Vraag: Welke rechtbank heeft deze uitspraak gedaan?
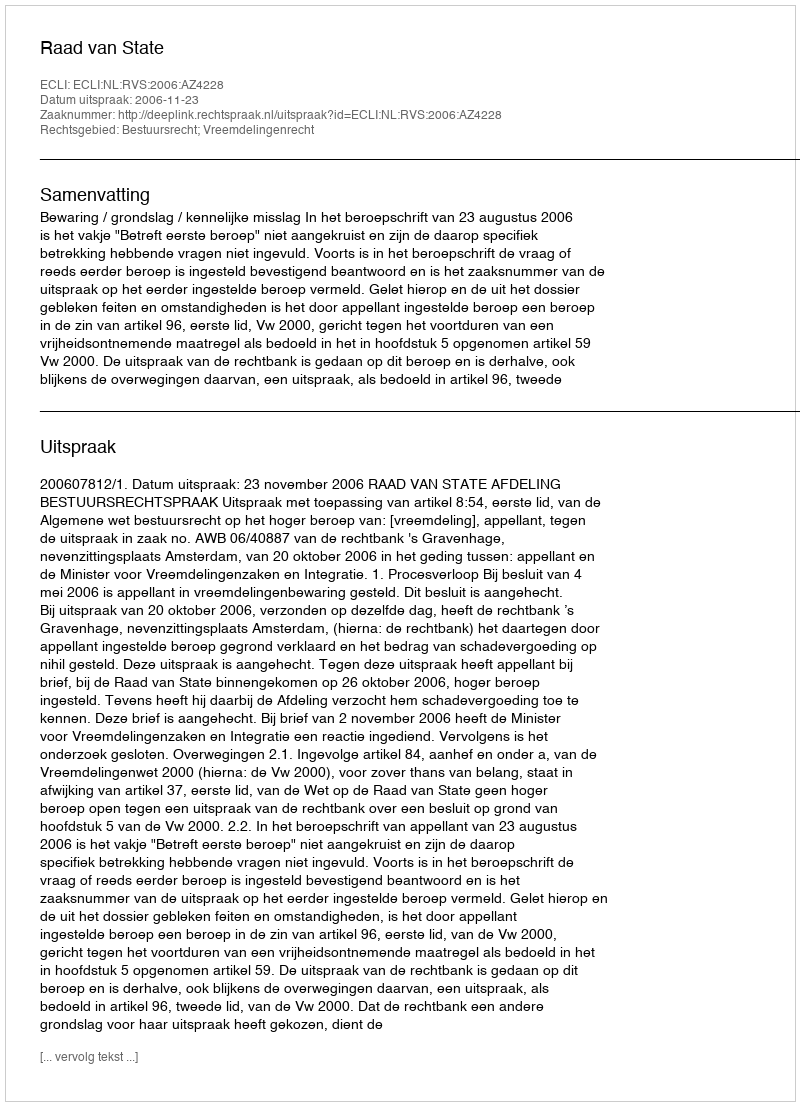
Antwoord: Raad van State